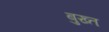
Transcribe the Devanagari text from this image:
बुख्त